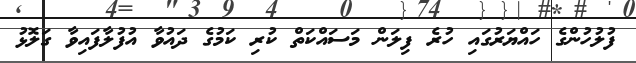
ފުލުހުންގެ ހައްޔަރުގައި ހުރެ ފިލަން މަސައްކަތް ކުރި ކަމުގެ ދައުވާ އުފުލާފައިވާ ގަލޮޅު